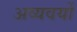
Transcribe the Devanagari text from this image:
अव्यवयों